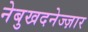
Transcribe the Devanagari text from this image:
नेबुखदनेज्ज़ार